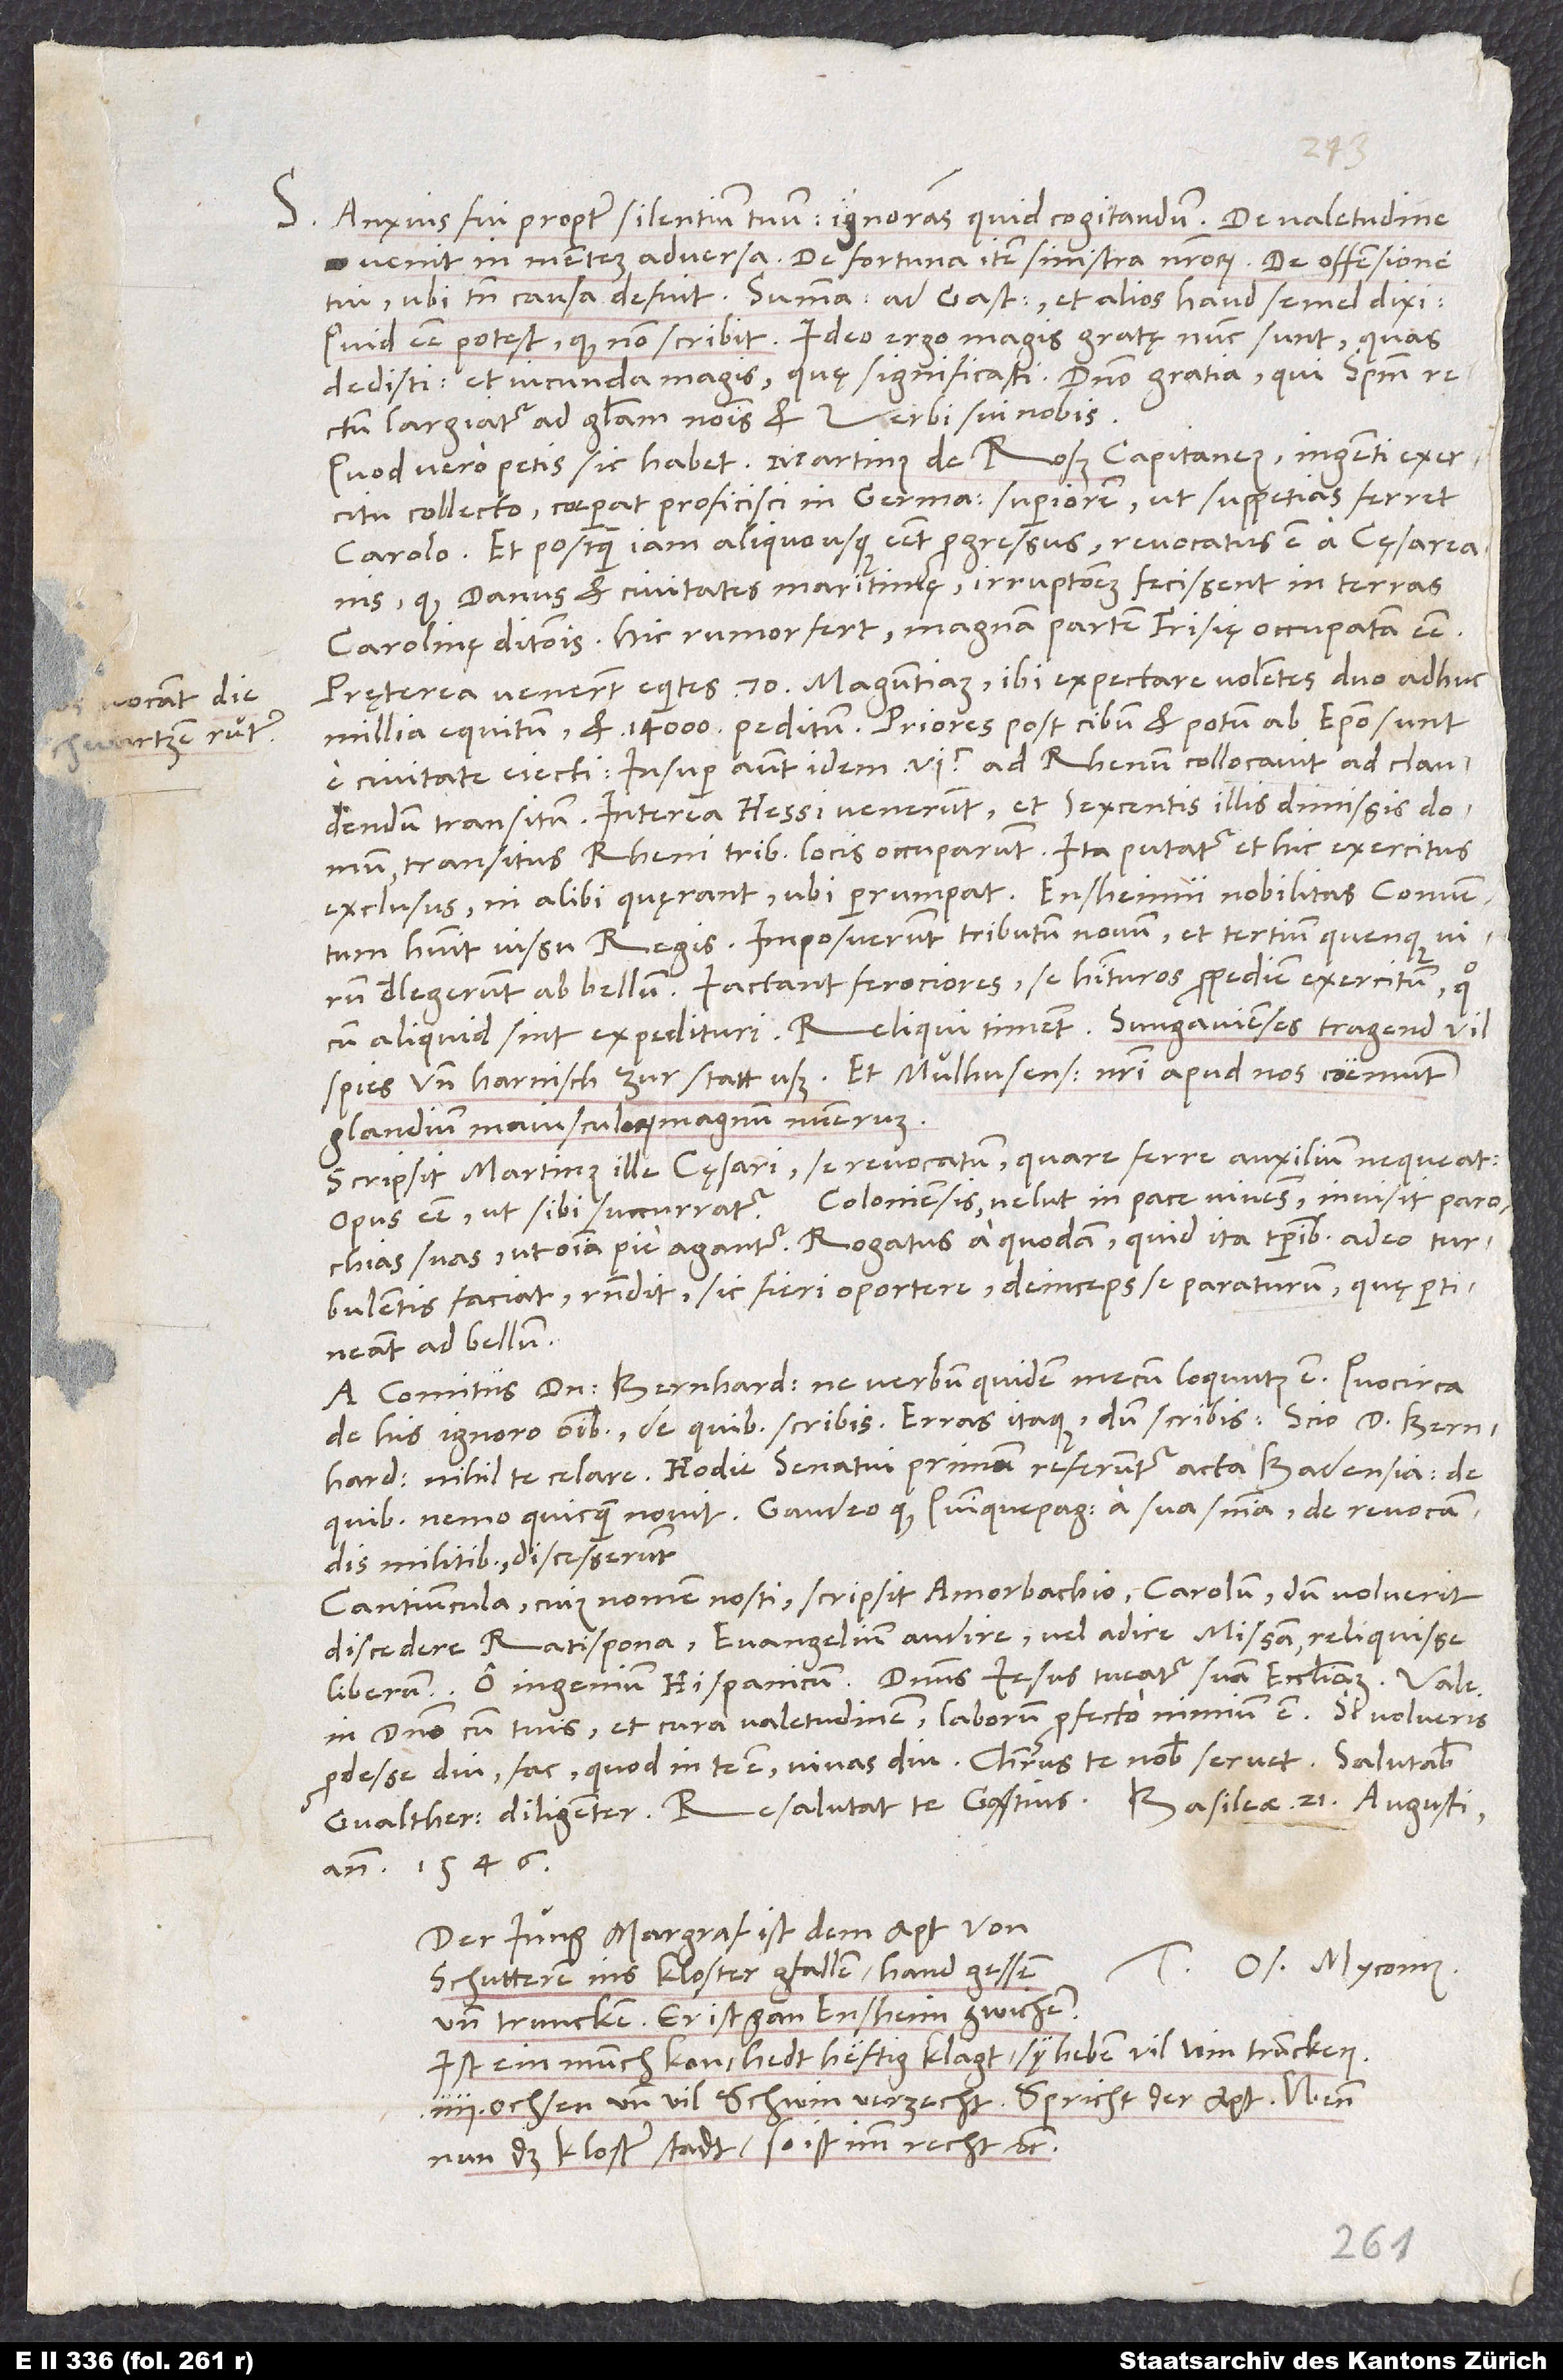
schwartzen rüter)

S. Anxius fui propter silentium tuum ignorans, quid cogitandum. De valetudine
venit in mentem adversa, de fortuna item sinistra nostrorum, de offensione
tui, ubi tamen causa defuit. Summa: Ad Gastium et alios haud semel dixi:
„Quid esse potest, quod non scribit?“ Ideo ergo magis gratę nunc sunt, quas
dedisti, et iucunda magis, quę significasti. Domino gratia, qui spiritum
largiatur ad gloriam nominis et verbi sui nobis.
Quod vero petis, sic habet. Martinus de Roß, capitaneus, ingenti exercitu
collecto coeperat proficisci in Germaniam Superiorem, ut suppetias ferret
Carolo. Et postquam iam aliquousque esset progressus, revocatus est a cęsareanis,
quod Danus et civitates maritimę irruptionem fecissent in terras
Carolinę ditionis. Hic rumor fert magnam partem Frisię occupatam esse.
Pręterea venerunt equites 70 Maguntiam, ibi expectare volentes duo adhuc
e civitate eiecti. Insuper autem idem 600 ad Rhenum collocavit ad claudendum
transitum. Interea Hessi venerunt et sexcentis illis dimissis domum
transitus Rheni tribus locis occuparunt. Ita putatur et hic exercitus
exclusus, ni alibi quęrant, ubi perrumpat. Ensheimii nobilitas conventum
habuit iussu regis. Imposuerunt tributum novum et tertium quenque virum
delegerunt ad bellum. Iactant ferociores se habituros propediem exercitum, quo
cum aliquid sint expedituri. Reliqui timent. Sungavienses tragend vil
spies und harnisch zur statt uß, et Mulhusenses nostri apud nos coemunt
glandium maiuscularum magnum numerum.
Scripsit Martinus ille cęsari se revocatum, quare ferre auxilium nequeat.
suas, ut omnia pie agantur. Rogatus a quodam, quid ita temporibus adeo
turbulentis faciat, respondit sic fieri oportere, deinceps se paraturum, quę pertineant
ad bellum.
A comitiis d. Bernhardus ne verbum quidem mecum loquutus est, quocirca
de his ignoro omnibus, de quibus scribis. Erras itaque, dum scribis: „Scio d. Bernhardum
nihil te celare.“ Hodie senatui primum referuntur acta Badensia, de
quibus nemo quicquam novit. Gaudeo, quod Quinquepagici a sua sententia de revocandis
militibus discesserunt.
Cantiuncula, cuius nomen nosti, scripsit Amorbachio Carolum, dum voluerit
discedere Ratispona, evangelium audire vel adire missam reliquisse
liberum. O ingenium Hispanicum! Dominus Iesus tueatur suam ecclesiam.
in domino cum tuis et cura valetudinem! Laborum profecto nimium est. Si volueris
prodesse diu, fac, quod in te est, vivas diu! Christus te nobis servet! Salutabis
anno 1546.
Der jung margraf ist dem apt von
Tuus Os. Myconius.
Schutteren ins kloster gfallen. Hand gessen
und truncken. Er ist gan Ensheim gwichen.
Ist ein munch kon. Hedt heftig klagt, sy heben vil win truncken,
4 ochsen und vil schwin verzecht. Spricht der apt: „Wenn
nun das kloster stadt, so ist imm recht“, etc.